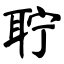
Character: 聍